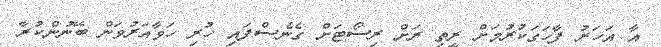
އާ އަހަރު ފާހަގަކުރުމަށް ރީތި ރަށް ރިސޯޓަށް ގެނެސްފައި ހުރި ހަވާއަރުވަން ބޭނުންކުރާ